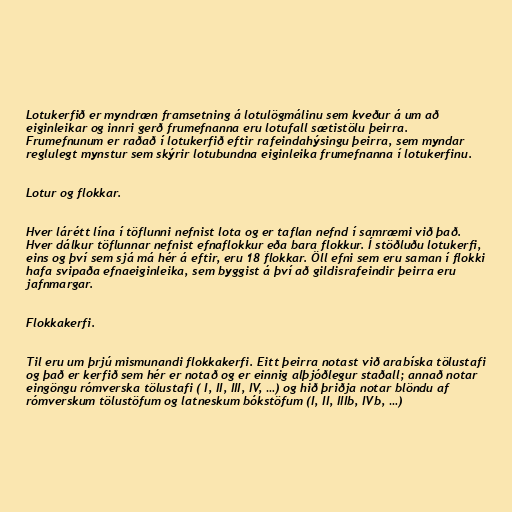
Lotukerfið er myndræn framsetning á lotulögmálinu sem kveður á um að
eiginleikar og innri gerð frumefnanna eru lotufall sætistölu þeirra.
Frumefnunum er raðað í lotukerfið eftir rafeindahýsingu þeirra, sem myndar
reglulegt mynstur sem skýrir lotubundna eiginleika frumefnanna í lotukerfinu.

Lotur og flokkar.

Hver lárétt lína í töflunni nefnist lota og er taflan nefnd í samræmi við það.
Hver dálkur töflunnar nefnist efnaflokkur eða bara flokkur. Í stöðluðu lotukerfi,
eins og því sem sjá má hér á eftir, eru 18 flokkar. Öll efni sem eru saman í flokki
hafa svipaða efnaeiginleika, sem byggist á því að gildisrafeindir þeirra eru
jafnmargar.

Flokkakerfi.

Til eru um þrjú mismunandi flokkakerfi. Eitt þeirra notast við arabíska tölustafi
og það er kerfið sem hér er notað og er einnig alþjóðlegur staðall; annað notar
eingöngu rómverska tölustafi ( I, II, III, IV, …) og hið þriðja notar blöndu af
rómverskum tölustöfum og latneskum bókstöfum (I, II, IIIb, IVb, …)